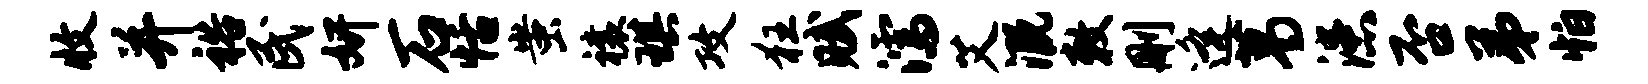
收并裕民妍石恬蚩禳琪攻狂赋濡艾溉敕删逄葛漶否弟怕